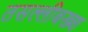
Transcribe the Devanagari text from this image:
तसल्लीबख्श